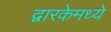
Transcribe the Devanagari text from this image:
द्वारकेमध्ये